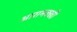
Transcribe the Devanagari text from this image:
आरामक्खी